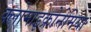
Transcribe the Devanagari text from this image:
क्लोमाइक्रोनेमिया